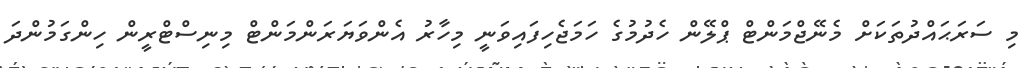
މި ސަރަޙައްދުތަކަށް މެނޭޖްމަންޓް ޕްލޭން ހެދުމުގެ ހަމަޖެހިފައިވަނީ މިހާރު އެންވަޔަރަންމަންޓް މިނިސްޓްރީން ހިންގަމުންދަ